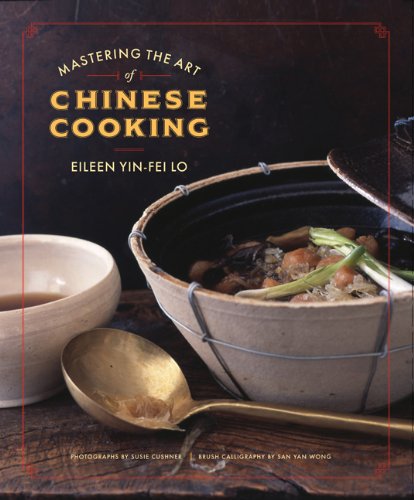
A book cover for Mastering the Art of Chinese Cooking; Eileen Yin-Fei Lo; Cookbooks, Food & Wine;